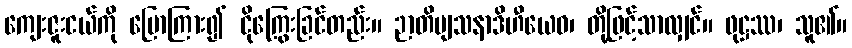
ကျေးဇူးငယ်ကို ပြောကြား၍ ငိုကြွေးခြင်တည်း။ ဉာတိဗျသနာဒိဟီယေဝ၊ တို့ဖြင့်သာလျှင်။ ဖုဋ္ဌဿ၊ သူ၏။